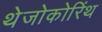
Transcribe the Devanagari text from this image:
थेजोकोरिंथ